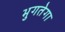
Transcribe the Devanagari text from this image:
भुगतेगा